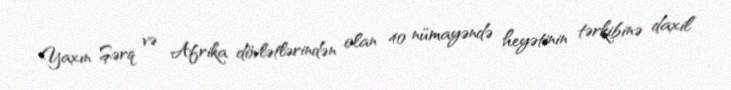
Yaxın Şərq və Afrika dövlətlərindən olan 40 nümayəndə heyətinin tərkibinə daxil